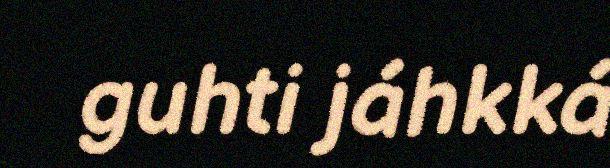
guhti jáhkká